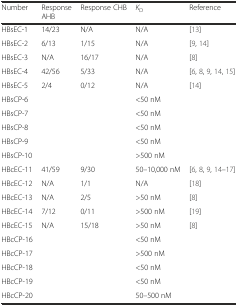
<table><thead><tr><td><b>Number</b></td><td><b>Response AHB</b></td><td><b>Response CHB</b></td><td><b><i>K</i><sub>D</sub></b></td><td><b>Reference</b></td></tr></thead><tbody><tr><td>HBsEC-1</td><td>14/23</td><td>N/A</td><td>N/A</td><td>[13]</td></tr><tr><td>HBsEC-2</td><td>6/13</td><td>1/15</td><td>N/A</td><td>[9, 14]</td></tr><tr><td>HBsEC-3</td><td>N/A</td><td>16/17</td><td>N/A</td><td>[8]</td></tr><tr><td>HBsEC-4</td><td>42/56</td><td>5/33</td><td>N/A</td><td>[6, 8, 9, 14, 15]</td></tr><tr><td>HBsEC-5</td><td>2/4</td><td>0/12</td><td>N/A</td><td>[14]</td></tr><tr><td>HBsCP-6</td><td></td><td></td><td>&lt;50 nM</td><td></td></tr><tr><td>HBsCP-7</td><td></td><td></td><td>&lt;50 nM</td><td></td></tr><tr><td>HBsCP-8</td><td></td><td></td><td>&lt;50 nM</td><td></td></tr><tr><td>HBsCP-9</td><td></td><td></td><td>&lt;50 nM</td><td></td></tr><tr><td>HBsCP-10</td><td></td><td></td><td>&gt;500 nM</td><td></td></tr><tr><td>HBcEC-11</td><td>41/59</td><td>9/30</td><td>50–10,000 nM</td><td>[6, 8, 9, 14–17]</td></tr><tr><td>HBcEC-12</td><td>N/A</td><td>1/1</td><td>N/A</td><td>[18]</td></tr><tr><td>HBcEC-13</td><td>N/A</td><td>2/5</td><td>&gt;50 nM</td><td>[8]</td></tr><tr><td>HBcEC-14</td><td>7/12</td><td>0/11</td><td>&gt;500 nM</td><td>[19]</td></tr><tr><td>HBcEC-15</td><td>N/A</td><td>15/18</td><td>&gt;50 nM</td><td>[8]</td></tr><tr><td>HBcCP-16</td><td></td><td></td><td>&lt;50 nM</td><td></td></tr><tr><td>HBcCP-17</td><td></td><td></td><td>&gt;500 nM</td><td></td></tr><tr><td>HBcCP-18</td><td></td><td></td><td>&lt;50 nM</td><td></td></tr><tr><td>HBcCP-19</td><td></td><td></td><td>&lt;50 nM</td><td></td></tr><tr><td>HBcCP-20</td><td></td><td></td><td>50–500 nM</td><td></td></tr></tbody></table>